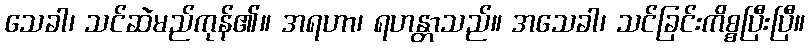
သေခါ၊ သင်ဆဲမည်ကုန်၏။ အရဟာ၊ ရဟန္တာသည်။ အသေခါ၊ သင်ခြင်းကိစ္စပြီးပြီ။